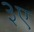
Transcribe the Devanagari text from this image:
३ए